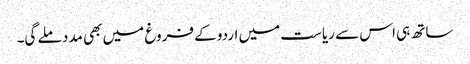
ساتھ ہی اس سے ریاست میں اردو کے فروغ میں بھی مدد ملے گی۔